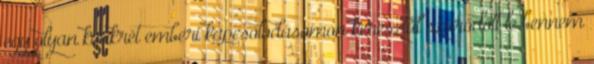
egy olyan konkrét emberi kapcsolódásomon keresztül szűrődött le bennem